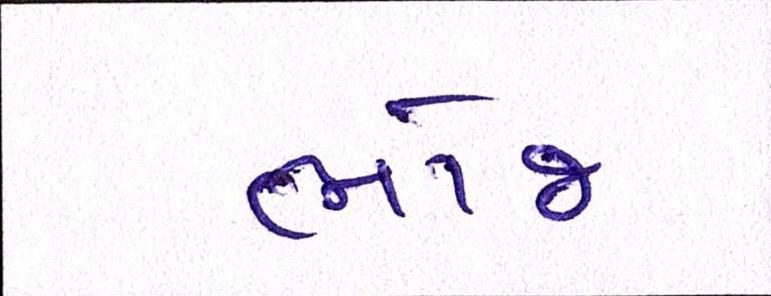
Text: ભોજ